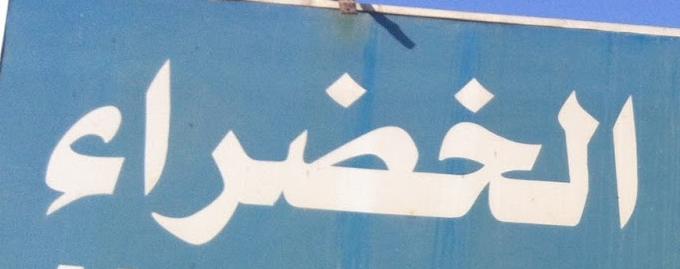
الخضراء